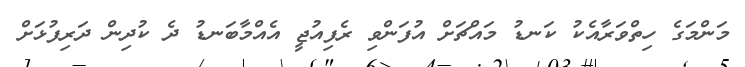
މަންމަގެ ހިތްވަރާއެކު ކަނޑު މައްޗަށް އުފަންވި ރެފިއުޖީ އެއްމާބަނޑު ދެ ކުދިން ދަރިފުޅަށް